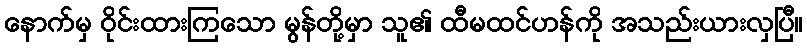
နောက်မှ ဝိုင်းထားကြသော မွန်တို့မှာ သူ၏ ထီမထင်ဟန်ကို အသည်းယားလှပြီ။